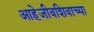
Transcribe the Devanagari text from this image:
आहेजीवशिवाच्या